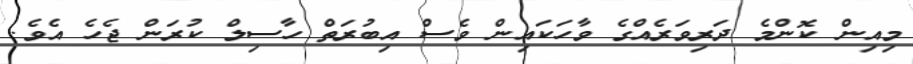
މިއިން ކޮންމެ ދަރިވަރެއްގެ ވާހަކައިން ވެސް އިބުރަތް ހާސިލް ކުރަން ޖެހެ އެވެ.